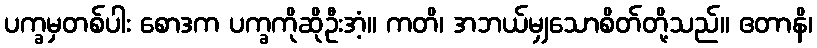
ပက္ခမှတစ်ပါး စောဒက ပက္ခကိုဆိုဦးအံ့။ ကတိ၊ အဘယ်မျှသောစိတ်တို့သည်။ ဧတာနိ၊